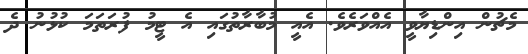
މެޗުން އިންޑިޔާވީ އެއްވަރެވެ. އެއީ މުބާރާތުގައި އެ ޓީމު ފުރަތަމަ ކުޅުނު ދެ